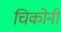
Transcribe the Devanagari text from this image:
चिकोनी